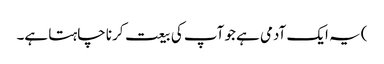
) یہ ایک آدمی ہے جو آپ کی بیعت کرنا چاہتا ہے۔